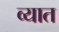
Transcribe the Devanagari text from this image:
व्यात